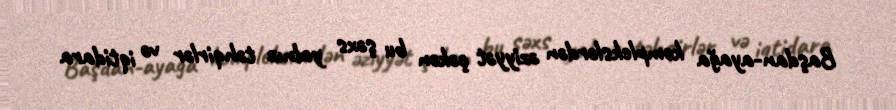
Başdan-ayağa komplekslərdən əziyyət çəkən bu şəxs yalnız təhqirlər və iqtidara